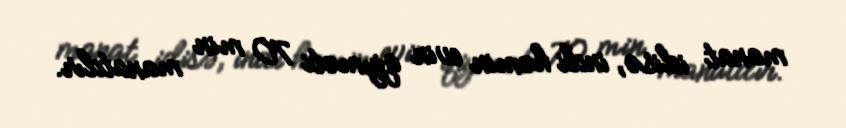
manat idisə, indi həmin evin qiyməti 70 min manatdır.